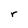
Character: r